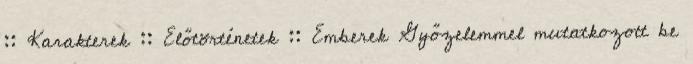
:: Karakterek :: Előtörténetek :: Emberek Győzelemmel mutatkozott be